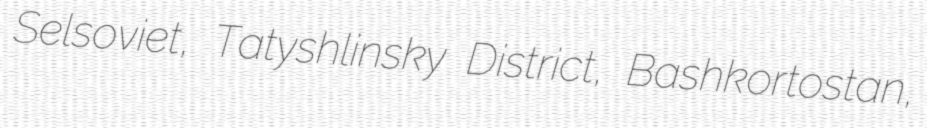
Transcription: Selsoviet, Tatyshlinsky District, Bashkortostan,